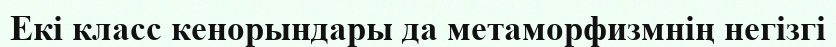
Екі класс кенорындары да метаморфизмнің негізгі